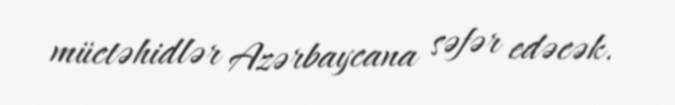
müctəhidlər Azərbaycana səfər edəcək.